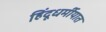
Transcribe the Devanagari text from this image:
हिंदूधर्मीयात